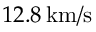
1 2 . 8 \, \mathrm { k m / s }